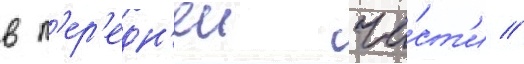
в п'ер'едн'еи ча́ст'и //